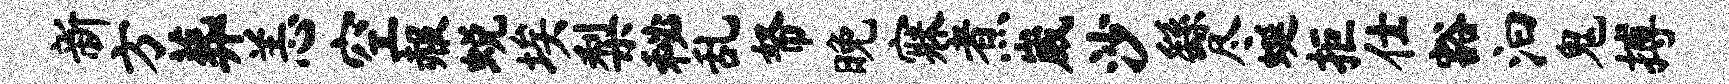
新方葬恙空赧蜕埃梨秘乱帑晚寐煮崴沙繇尽蜒拒仕豁汩鬼搏